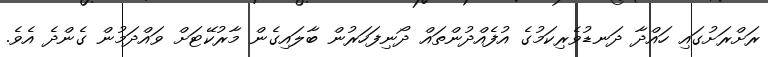
ރަށްރަށުގައި ހައްދާ ދަނޑުވެރިކަމުގެ އުފެއްދުންތައް ދޯނިފަހަރުން ބާލައިގެން މާރުކޭޓަށް ވައްދަމުން ގެންދެ އެވެ.